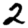
Digit: 2